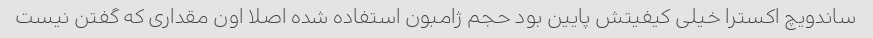
ساندویچ اکسترا خیلی کیفیتش پایین بود حجم ژامبون استفاده شده اصلا اون مقداری که گفتن نیست